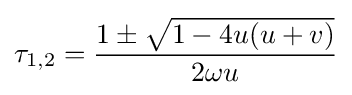
{{\tau }_{1,2}}={\frac {1\pm {\sqrt {1-4u(u+v)}}}{2\omega u}}